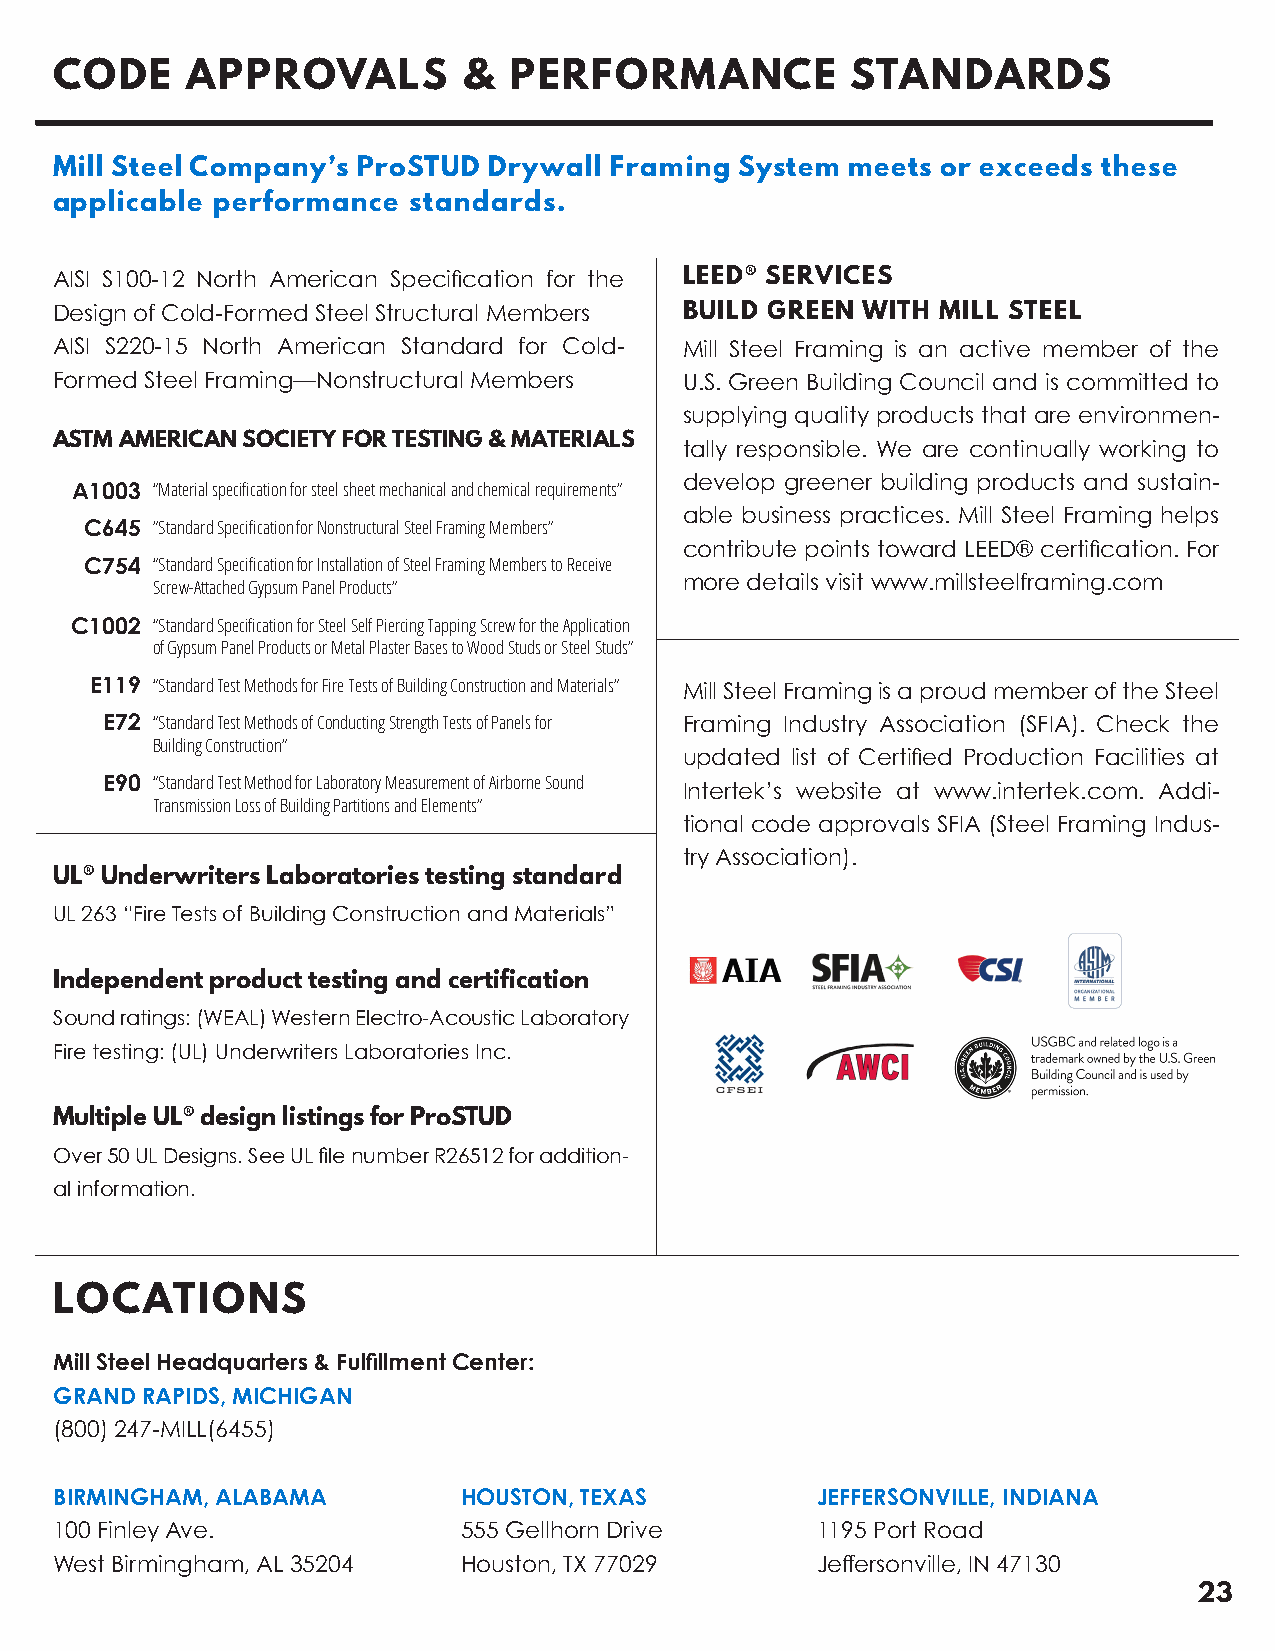
CODE    APPROVALS          &  PERFORMANCE           STANDARDS
 Mill Steel Company’s ProSTUD Drywall Framing  System meets or exceeds these
 applicable performance  standards.
 AISI S100-12 North American Specification for the LEED® SERVICES
 Design of Cold-Formed Steel Structural Members BUILD GREEN WITH MILL STEEL
 AISI S220-15 North American Standard for Cold- Mill Steel Framing is an active member of the
 Formed Steel Framing—Nonstructural Members U.S. Green Building Council and is committed to
 supplying quality products that are environmen-
 ASTM AMERICAN SOCIETY FOR TESTING & MATERIALS tally responsible. We are continually working to
 develop greener building products and sustain-
 A1003 “Material specification for steel sheet mechanical and chemical requirements”
 able business practices. Mill Steel Framing helps
 C645 ”Standard Specification for Nonstructural Steel Framing Members”
 contribute points toward LEED® certification. For
 C754 “Standard Specification for Installation of Steel Framing Members to Receive
 more details visit www.millsteelframing.com
 Screw-Attached Gypsum Panel Products”
 C1002 “Standard Specification for Steel Self Piercing Tapping Screw for the Application
 of Gypsum Panel Products or Metal Plaster Bases to Wood Studs or Steel Studs”
 E119 “Standard Test Methods for Fire Tests of Building Construction and Materials” Mill Steel Framing is a proud member of the Steel
 E72 “Standard Test Methods of Conducting Strength Tests of Panels for Framing Industry Association (SFIA). Check the
 Building Construction”
 updated list of Certified Production Facilities at
 E90 “Standard Test Method for Laboratory Measurement of Airborne Sound Intertek’s website at www.intertek.com. Addi-
 Transmission Loss of Building Partitions and Elements”
 tional code approvals SFIA (Steel Framing Indus-
 try Association).
 UL® Underwriters Laboratories testing standard
 UL 263 “Fire Tests of Building Construction and Materials”
 Independent product testing and certification
 Sound ratings: (WEAL) Western Electro-Acoustic Laboratory
 Fire testing: (UL) Underwriters Laboratories Inc.
 Multiple UL® design listings for ProSTUD
 Over 50 UL Designs. See UL file number R26512 for addition-
 al information.
 LOCATIONS
 Mill Steel Headquarters & Fulfillment Center:
 GRAND RAPIDS, MICHIGAN
 (800) 247-MILL(6455)
 BIRMINGHAM, ALABAMA        HOUSTON, TEXAS         JEFFERSONVILLE, INDIANA
 100 Finley Ave.            555 Gellhorn Drive     1195 Port Road
 West Birmingham, AL 35204  Houston, TX 77029      Jeffersonville, IN 47130
 23